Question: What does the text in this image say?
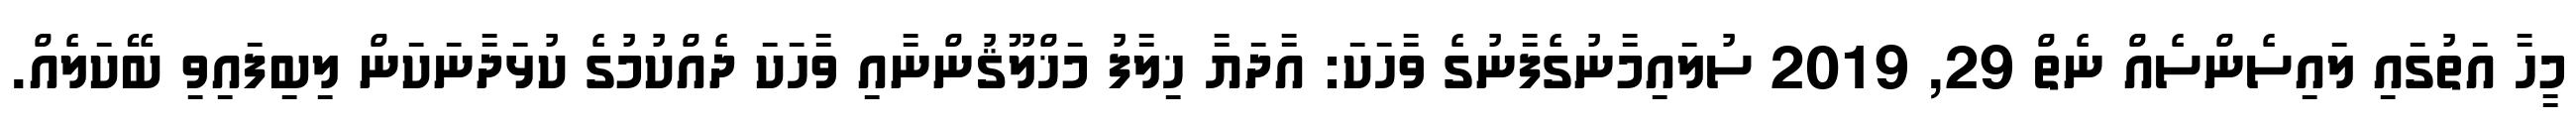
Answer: މީހާ އަތުގައި ލައިސެންސެއް ނެތް 29, 2019 ސުލައިމާނުގެފާނުގެ ވާހަކަ: އާދަޔާ ޚިލާފު މަޚްލޫޤުންނާއި ވާހަކަ ދެއްކުމުގެ ކުޅަދާނަކަން ލިބިފައިވި ބޭކަލެއް.